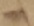
Text: -